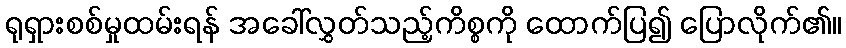
ရုရှားစစ်မှုထမ်းရန် အခေါ်လွှတ်သည့်ကိစ္စကို ထောက်ပြ၍ ပြောလိုက်၏။